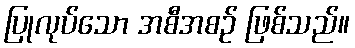
ပြုလုပ်သော အစီအစဉ် ဖြစ်သည်။